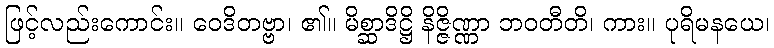
ဖြင့်လည်းကောင်း။ ဝေဒိတဗ္ဗာ၊ ၏။ မိစ္ဆာဒိဋ္ဌိ နိဇ္ဇိဏ္ဏာ ဘဝတီတိ၊ ကား။ ပုရိမနယေ၊